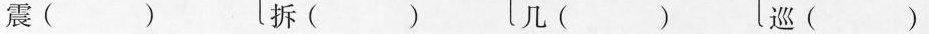
震( )拆( ) 几( ) 巡( )